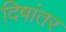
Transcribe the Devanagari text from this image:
दिषांतर